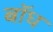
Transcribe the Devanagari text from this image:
बाॅध